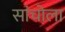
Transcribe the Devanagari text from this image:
सांचोला